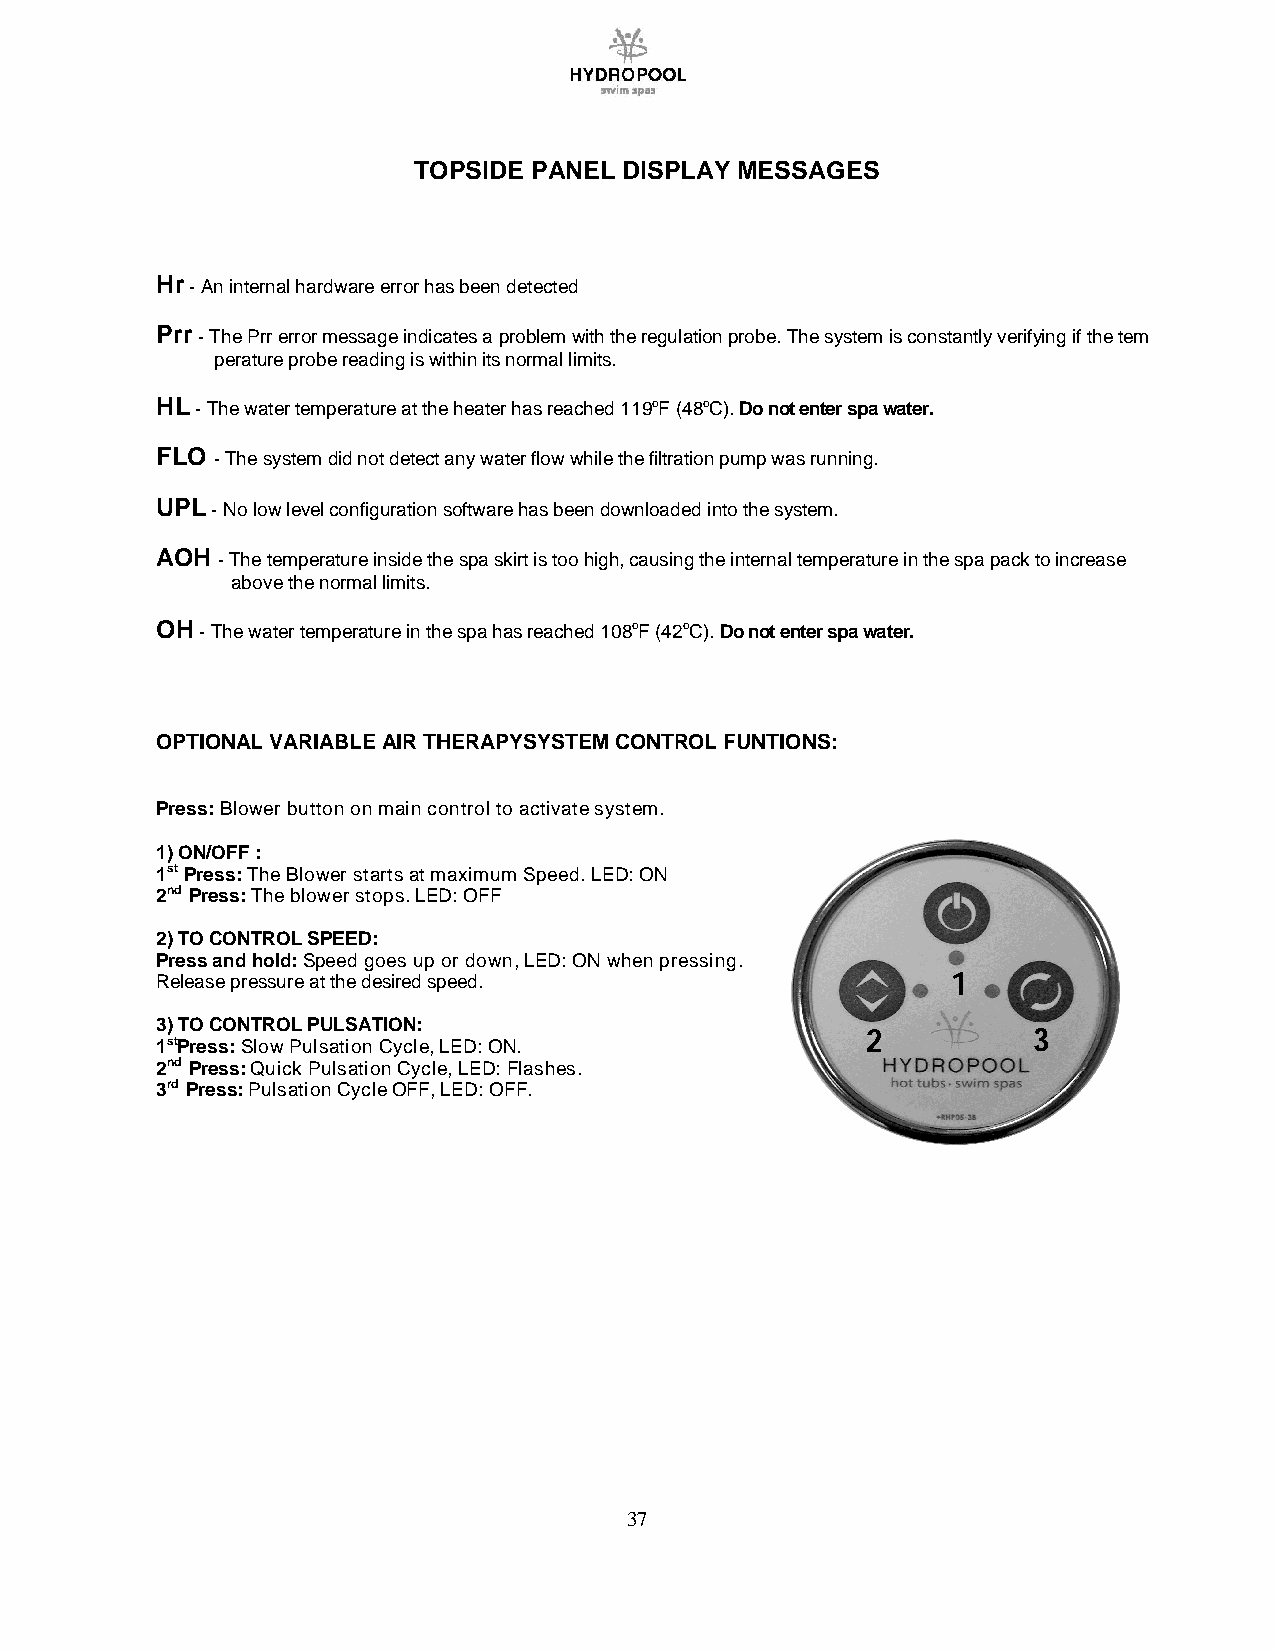
TOPSIDE PANEL DISPLAY MESSAGES
 Hr - An internal hardware error has been detected
 Prr - The Prr error message indicates a problem with the regulation probe. The system is constantly verifying if the tem
 perature probe reading is within its normal limits.
 HL - The water temperature at the heater has reached 119oF (48oC). Do not enter spa water.
 FLO - The system did not detect any water flow while the filtration pump was running.
 UPL - No low level configuration software has been downloaded into the system.
 AOH - The temperature inside the spa skirt is too high, causing the internal temperature in the spa pack to increase
 above the normal limits.
 OH - The water temperature in the spa has reached 108oF (42oC). Do not enter spa water.
 OPTIONAL VARIABLE AIR THERAPYSYSTEM CONTROL FUNTIONS:
 Press: Blower button on main control to activate system.
 1) ON/OFF :
 1st Press: The Blower starts at maximum Speed. LED: ON
 2nd Press: The blower stops. LED: OFF
 2) TO CONTROL SPEED:
 Press and hold: Speed goes up or down, LED: ON when pressing.
 Release pressure at the desired speed.               1
 3) TO CONTROL PULSATION:
 2          3
 1stPress: Slow Pulsation Cycle, LED: ON.
 2nd Press: Quick Pulsation Cycle, LED: Flashes.
 3rd Press: Pulsation Cycle OFF, LED: OFF.
 37